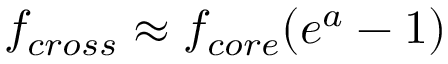
f _ { c r o s s } \approx f _ { c o r e } ( e ^ { a } - 1 )